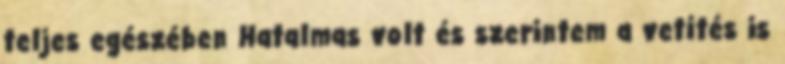
teljes egészében Hatalmas volt és szerintem a vetí­tés is